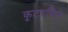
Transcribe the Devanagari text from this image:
कूटरचित